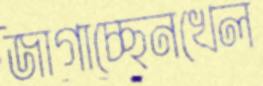
জাগাচ্ছেনখেল